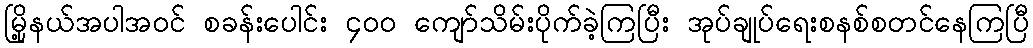
မြို့နယ်အပါအဝင် စခန်းပေါင်း ၄၀၀ ကျော်သိမ်းပိုက်ခဲ့ကြပြီး အုပ်ချုပ်ရေးစနစ်စတင်နေကြပြီ